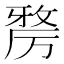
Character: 𭆑